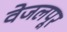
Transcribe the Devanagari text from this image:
वेजलपूर